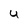
Character: U